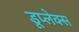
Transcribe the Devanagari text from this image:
डूप्लेक्स